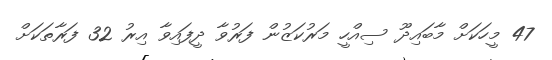
47 މީހަކަށް މާބައިދޫ ސިއްހީ މަރުކަޒުން ފަރުވާ ދީފައިވާ އިރު 32 ފަރާތަކަށް